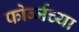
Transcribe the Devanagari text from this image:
फोर्ब्जच्या